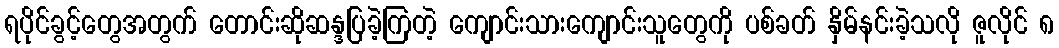
ရပိုင်ခွင့်တွေအတွက် တောင်းဆိုဆန္ဒပြခဲ့ကြတဲ့ ကျောင်းသားကျောင်းသူတွေကို ပစ်ခတ် နှိမ်နင်းခဲ့သလို ဇူလိုင် ၈